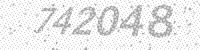
Solution: 742048